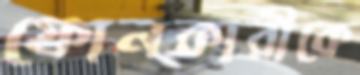
ফোনকারীকে